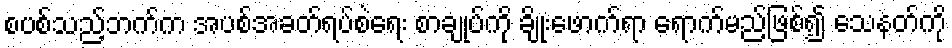
စပစ်သည့်ဘက်က အပစ်အခတ်ရပ်စဲရေး စာချုပ်ကို ချိုးဖောက်ရာ ရောက်မည်ဖြစ်၍ သေနတ်ကို